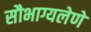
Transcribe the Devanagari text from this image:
सौभाग्यलेणे